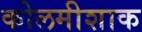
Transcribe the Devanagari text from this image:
कोलमीशाक